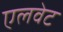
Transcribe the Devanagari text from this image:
एलवेट